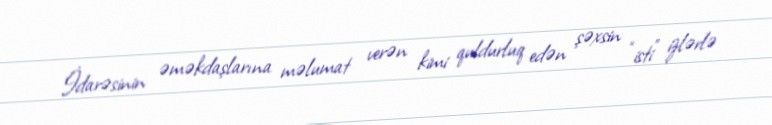
İdarəsinin əməkdaşlarına məlumat verən kimi quldurluq edən şəxsin “isti” izlərlə